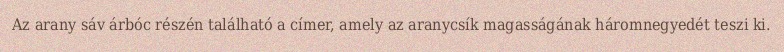
Az arany sáv árbóc részén található a címer, amely az aranycsík magasságának háromnegyedét teszi ki.